Indian Civil Veterinary Department memoirs
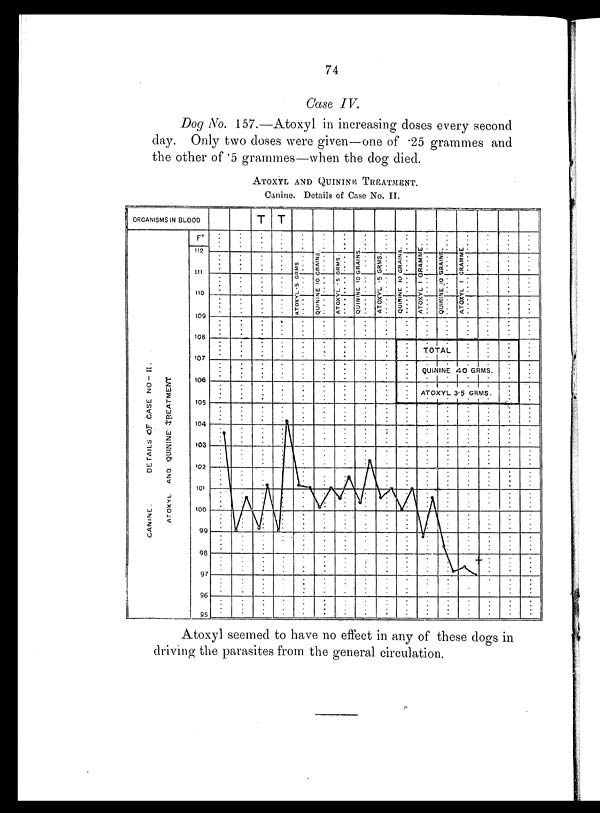
74
Case IV.
Dog No. 157.—Atoxyl in increasing doses every second
day. Only two doses were given—one of .25 grammes and
the other of .5 grammes—when the dog died.
ATOXYL AND QUININE TREATMENT.
Canine. Details of Case No. II.
Atoxyl seemed to have no effect in any of these dogs in
driving the parasites from the general circulation.